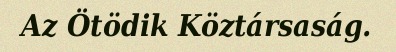
Az Ötödik Köztársaság.